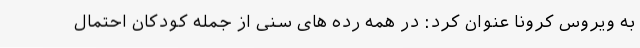
به ویروس کرونا عنوان کرد: در همه رده های سنی از جمله کودکان احتمال